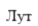
Лут